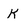
Character: k